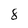
Character: 8